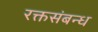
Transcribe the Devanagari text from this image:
रक्तसंबन्ध